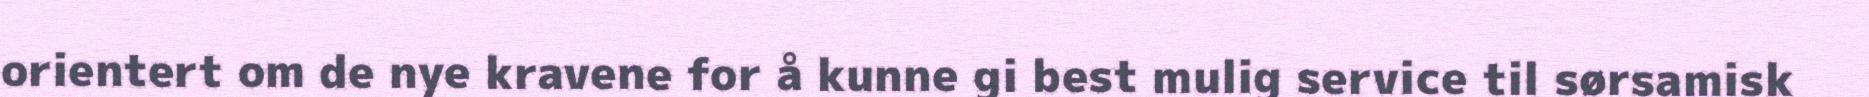
orientert om de nye kravene for å kunne gi best mulig service til sørsamisk